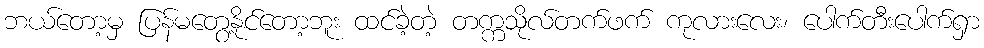
ဘယ်တော့မှ ပြန်မတွေ့နိုင်တော့ဘူး ထင်ခဲ့တဲ့ တက္ကသိုလ်တက်ဖက် ကုလားလေး၊ ပေါက်တီးပေါက်ရှာ